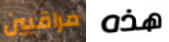
مراقبين هذه